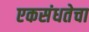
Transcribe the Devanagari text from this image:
एकसंधतेचा